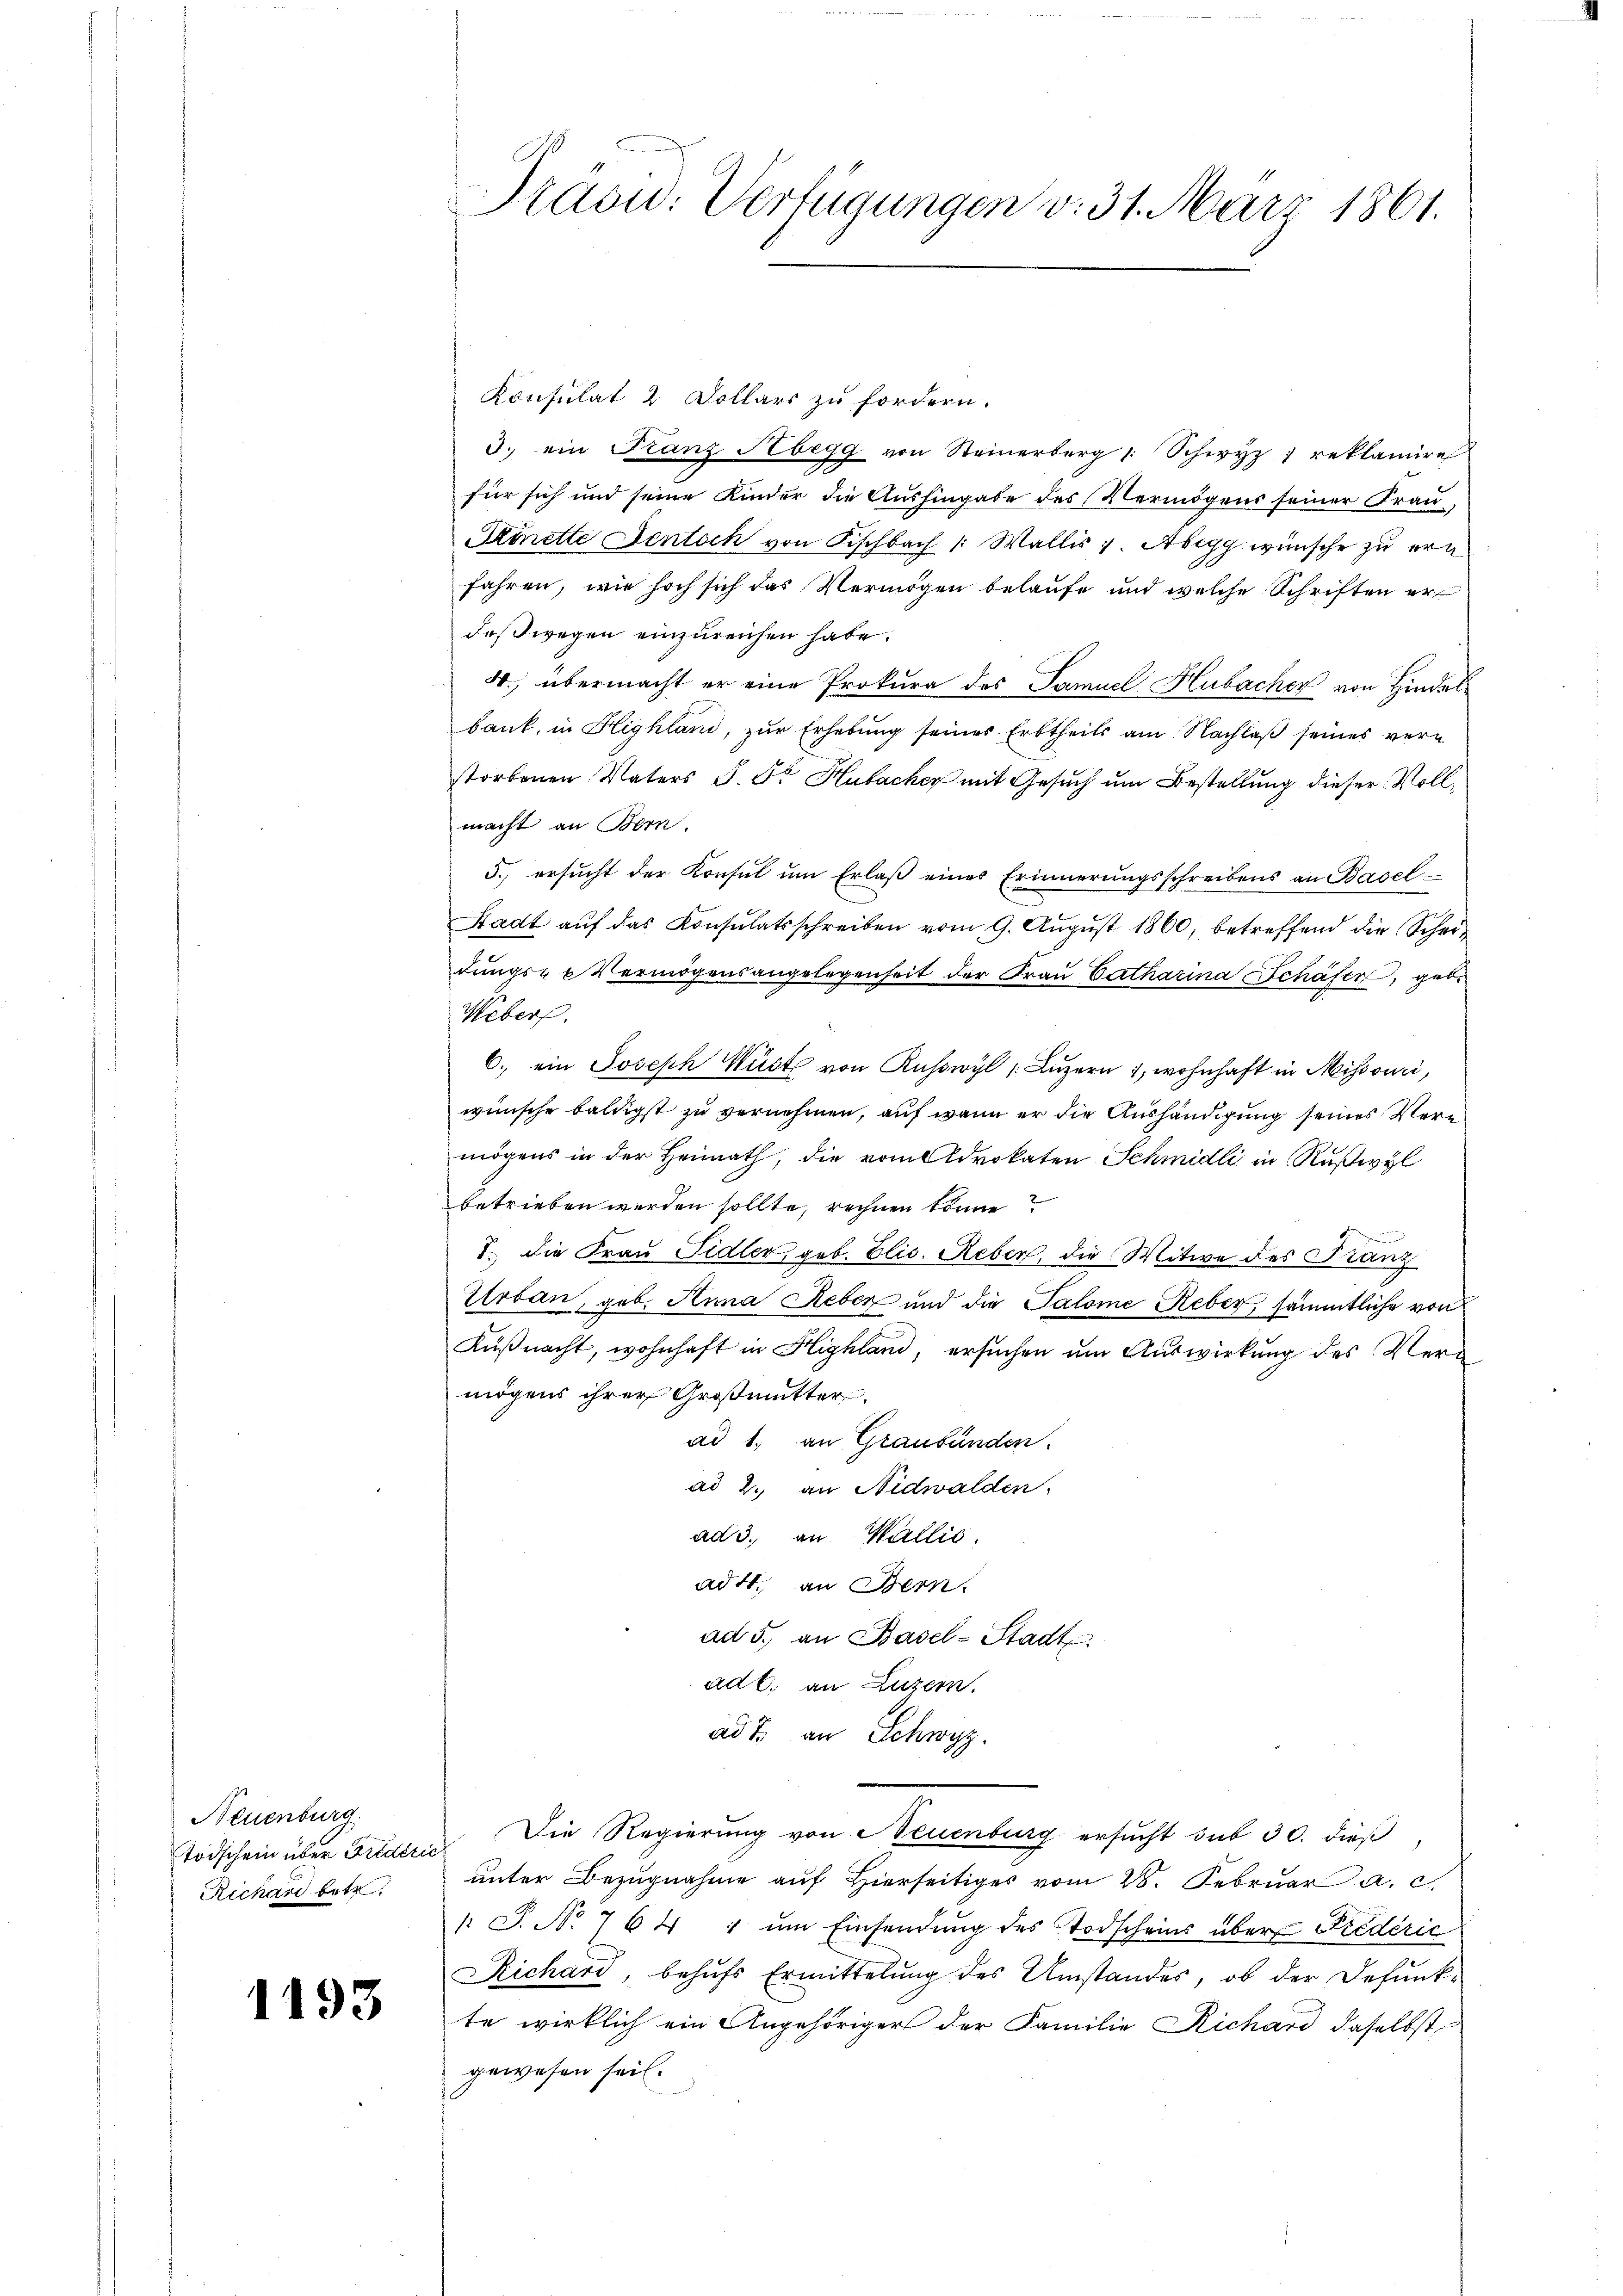
Neuenburg.
Richari betr.

1193

Konsulat 2 Dollars zu fordern.
3. ein Stanz Abegg von Steinerberg 1 Schwyz 1 reklamire
für sich und seine Kinder die Aushingabe des Vermögens seiner Frau¬
Siette Dentoch von Fischbach /: Wallis 1. Abegg wünsche zu ern
fahren, wie hoch sich das Vermögen belaufe und welche Schriften erdeßwegen einzureichen habe.
4., übermacht er eine Prokura des Samuel Hubacher von Hindelbank, in Highland, zur Erhebung seines Erbtheils am Nachlaß seines verstorbenen Vaters J. Dr. Hubacher mit Gesuch um Bestellung dieser Vollmacht an Bern.
5. ersŭcht der Konsŭl ŭm Erlaβ eines Erinnerŭngsschreibens an Basel
Stadt aŭf das Konsulatsschreiben vom 9. Aŭgŭst 1860, betreffend die Scheidŭngs- u Vermögensangelegenheit der Fraŭ Catharina Schäfer, gebe
Weber.
6. ein Joseph Wüst von Ruswyl (Luzern 1, wohnhaft in Missouri,
wünsche baldigst zu vernehmen, auf wenn er die Aushändigung seines Vere
mögens in der Heimath, die vom Advokaten Schmidli in Ruswyl
betrieben werden sollte, rechnen könne?
I. Die Frau Fidler, geb. Elis. Reber, die Witwe des Franz
Urban, geb. Anna Leben und die Salome Reber, sämmtliche von
Küßnacht, wohnhaft in Highland, ersuchen um Auswirkung des Vermögens ihrer Großmutter
ad 1. an Graubünden.
ad 2., an Nidwalden.
ad 3. an Wallis.
ad 4. an Bern.
ad 5. an Basel-Stadt
ad b. an Luzern.
ad 7. an Schwyz.
Todschein über Frediren Die Regierung von Neuenburg ersucht sub 30. dieß
unter Bezugnahme auf Hierseitiges vom 28. Februar a. c.
 S. No. 764 1 ŭm Einsendŭng des Todscheins über Kiedérić
Richard behufs Ermittelung des Umstandes, ob der Befunk-
te wirklich ein Angehöriger der Familie Richard daselbst
gewesen sei.

Prasid. Verfügungen v. 31. März 1861.